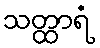
သတ္ထာရံ